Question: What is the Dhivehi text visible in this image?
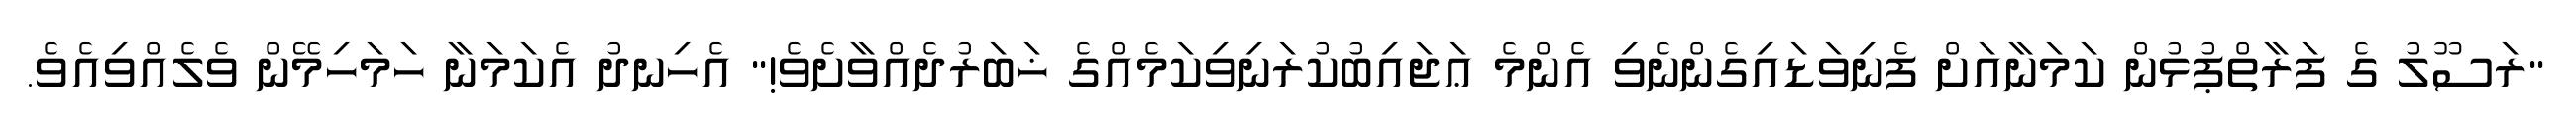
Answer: "ރަސޫލު ގެ ފަރާތްޕުޅުން ކަމަނާއަށް ފެނިވަޑައިގެންނެވި އެންމެ ޢަޖައިބުކުރަނިވިކަމެއްގެ ޚަބަރުދެއްވާށެވެ!" އެހިނދު އެކަމަނާ ހަމަހިމޭން ވެލެއްވިއެވެ.